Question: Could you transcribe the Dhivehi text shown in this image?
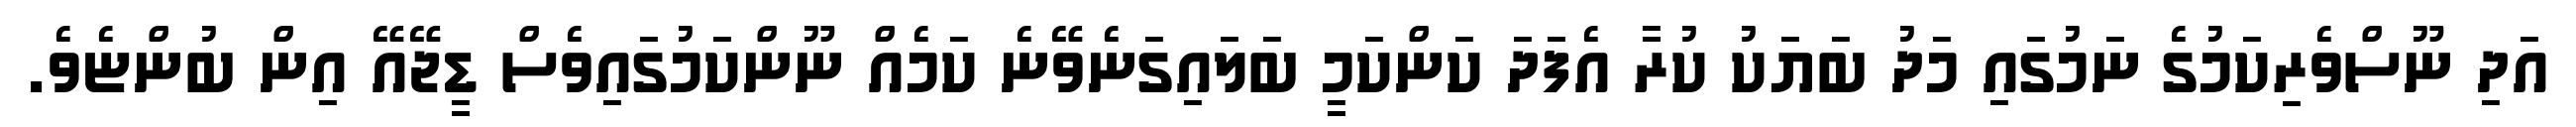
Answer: އަދި ނޫސްވެރިކަމުގެ ނަމުގައި މަދު ބަޔަކު ކުރާ އެފަދަ ކަންކަމީ ބަލައިގަނެވޭނެ ކަމެއް ނޫންކަމުގައިވެސް ޑީޖޭއޭ އިން ބުންޏެވެ.